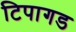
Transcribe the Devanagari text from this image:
टिपागड